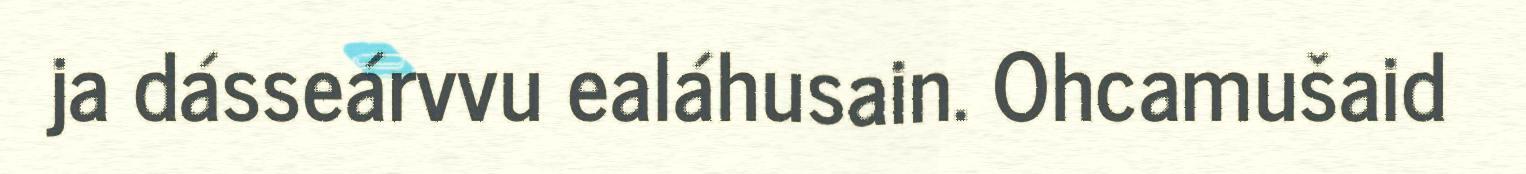
ja dásseárvvu ealáhusain. Ohcamušaid